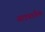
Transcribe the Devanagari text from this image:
साइबरक्रैक